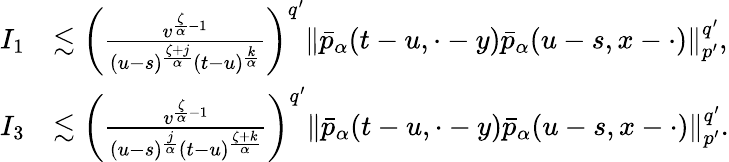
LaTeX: \begin{array}{rl}{I_{1}}&{\lesssim\left(\frac{v^{\frac{\zeta}{\alpha}-1}}{(u-s)^{\frac{\zeta+j}{\alpha}}(t-u)^{\frac{k}{\alpha}}}\right)^{q^{\prime}}\Vert\bar{p}_{\alpha}(t-u,\cdot-y)\bar{p}_{\alpha}(u-s,x-\cdot)\Vert_{p^{\prime}}^{q^{\prime}},}\\ {I_{3}}&{\lesssim\left(\frac{v^{\frac{\zeta}{\alpha}-1}}{(u-s)^{\frac{j}{\alpha}}(t-u)^{\frac{\zeta+k}{\alpha}}}\right)^{q^{\prime}}\Vert\bar{p}_{\alpha}(t-u,\cdot-y)\bar{p}_{\alpha}(u-s,x-\cdot)\Vert_{p^{\prime}}^{q^{\prime}}.}\end{array}